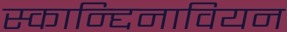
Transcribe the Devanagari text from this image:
स्कान्द्दिनावियन